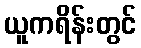
ယူကရိန်းတွင်